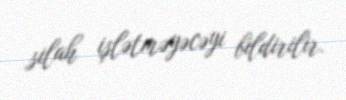
silah işlətməyəcəyi bildirilir.